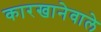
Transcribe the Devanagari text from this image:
कारखानेवाले